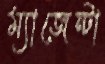
ম্যাজেন্টা